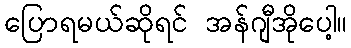
ပြောရမယ်ဆိုရင် အန်ဂျီအိုပေါ့။